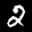
Label: 2